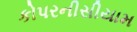
કોપરનીસીયામ